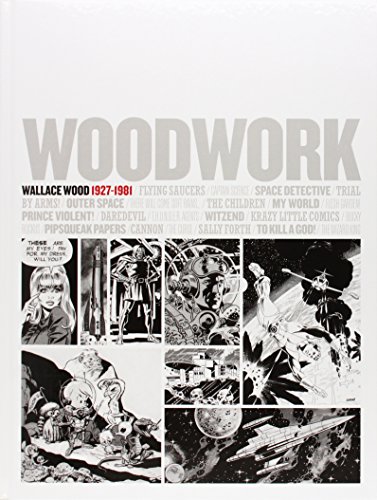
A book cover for Woodwork: Wallace Wood 1927-1981 (English and Spanish Edition); Comics & Graphic Novels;